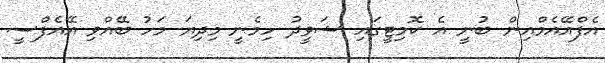
އެފްއޭއެމްއިން ބުނީ އެ ކޮމިޓީގައި ޝަވީދު ހިމެނީ މިދިޔަ މަހު ބޭއްވި އޭއެފްސީ